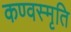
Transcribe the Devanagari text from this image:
कण्वस्मृति